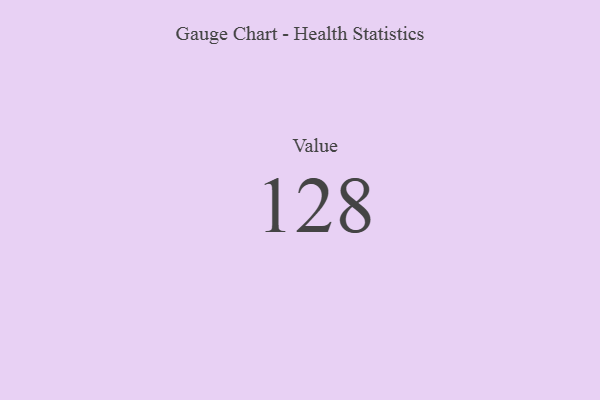
{"axis": {"x": "Metric", "y": "Value"}, "legend": [""], "data": [{"x": "Value", "y": 128, "type": ""}]}